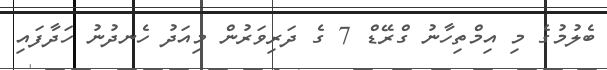
ބެލުމުގެ މި އިމްތިހާނު ގްރޭޑް 7 ގެ ދަރިވަރުން މިއަދު ހެނދުނު ހަދާފައި